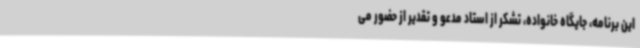
این برنامه، جایگاه خانواده، تشکر از استاد مدعو و تقدیر از حضور می